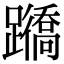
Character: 𨇊